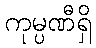
ကုမ္ပဏီရှိ